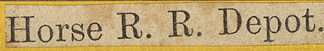
Horse R. R. Depot.